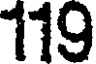
119